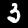
Digit: 3